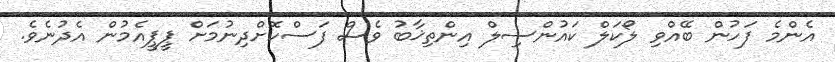
އެންމެ ފަހުން ބޭއްވި ލޯކަލް ކައުންސިލް އިންތިޚާބު ވެސް ފަސްކޮށްދިނުމަށް ޕީޕީއެމުން އެދުނެވެ.